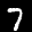
Label: 7